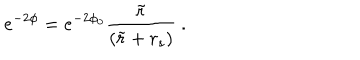
e ^ { - 2 \phi } = e ^ { - 2 \phi _ { 0 } } \frac { \tilde { r } } { ( \tilde { r } + r _ { s } ) } ~ .